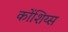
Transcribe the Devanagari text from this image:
कोंशिय्स